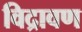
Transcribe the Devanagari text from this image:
विद्रावण